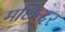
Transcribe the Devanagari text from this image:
मछिन्दर